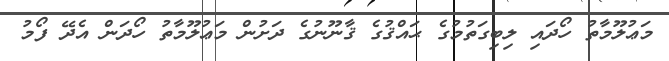
މަޢުލޫމާތު ހޯދައި ލިބިގަތުމުގެ ޙައްޤުގެ ޤާނޫނުގެ ދަށުން މަޢުލޫމާތު ހޯދަން އެދޭ ފޯމު